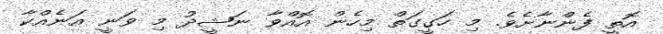
އޮތީ ފެންނާށެވެ. މި ހަގީގަތް މިހެން އޮއްވާ ނަޝީދު މި ވަނީ އަނެއްކާ